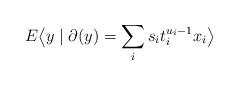
LaTeX: \begin{align*}E\big\langle y\mid \partial(y) = \sum_{i}s_{i}t_{i}^{u_{i}-1}x_{i}\big\rangle\end{align*}